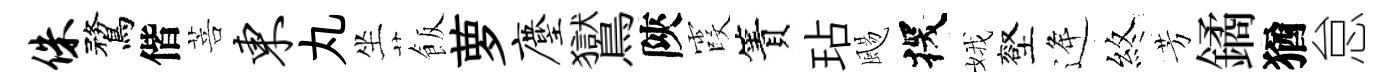
侏鶩偕菩东丸坐飯萝麈鸑陝霞簀玷颺探娥壑逄煞芳鐍猶怠